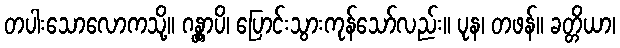
တပါးသောလောကသို့။ ဂန္တွာပိ၊ ပြောင်းသွားကုန်သော်လည်း။ ပုန၊ တဖန်။ ခတ္တိယာ၊